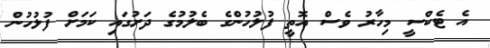
އެ ޓެކްސީ މިހާރު ވެސް އޮތީ ފުލުހުންގެ ބެލުމުގެ ދަށުގައި ކަމަށް ފުލުހުން